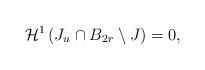
LaTeX: \begin{align*} \mathcal{H}^1\left(J_u \cap B_{2r} \setminus J\right) = 0,\end{align*}